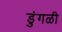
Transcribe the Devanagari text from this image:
डुंगळी